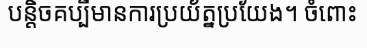
បន្តិចគប្បីមានការប្រយ័ត្នប្រយែង។ ចំពោះ